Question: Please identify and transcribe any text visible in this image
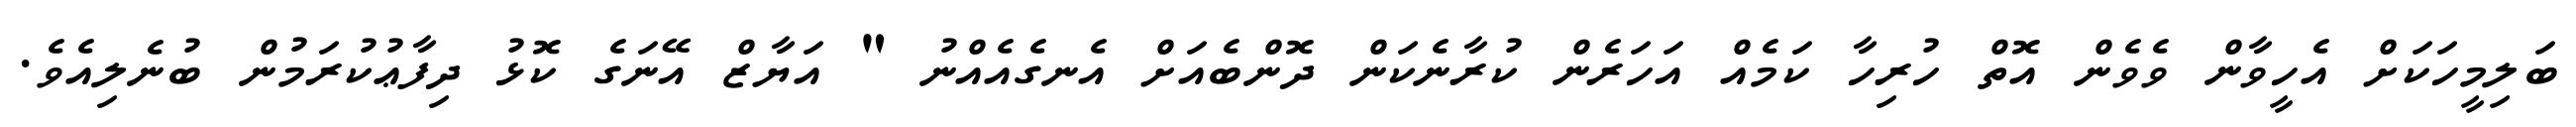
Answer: ބަލިމީހަކަށް އެހީވާން ވެވެން އޮތް ހުރިހާ ކަމެއް އަހަރެން ކުރާނެކަން ދޮންބެއަށް އެނގެއެއްނު " އަޔާޒް އޭނަގެ ކޮޅު ދިފާޢުކުރަމުން ބުނެލިއެވެ.